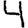
Digit: 4